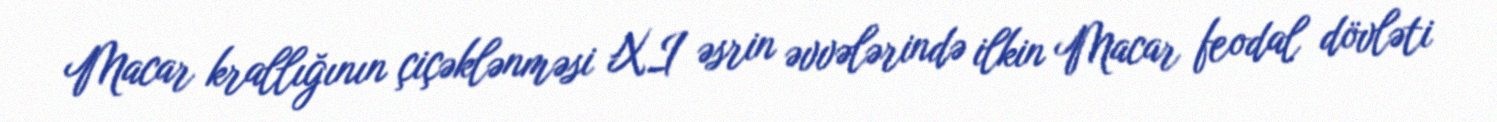
Macar krallığının çiçəklənməsi XI əsrin əvvələrində ilkin Macar feodal dövləti